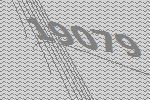
19079